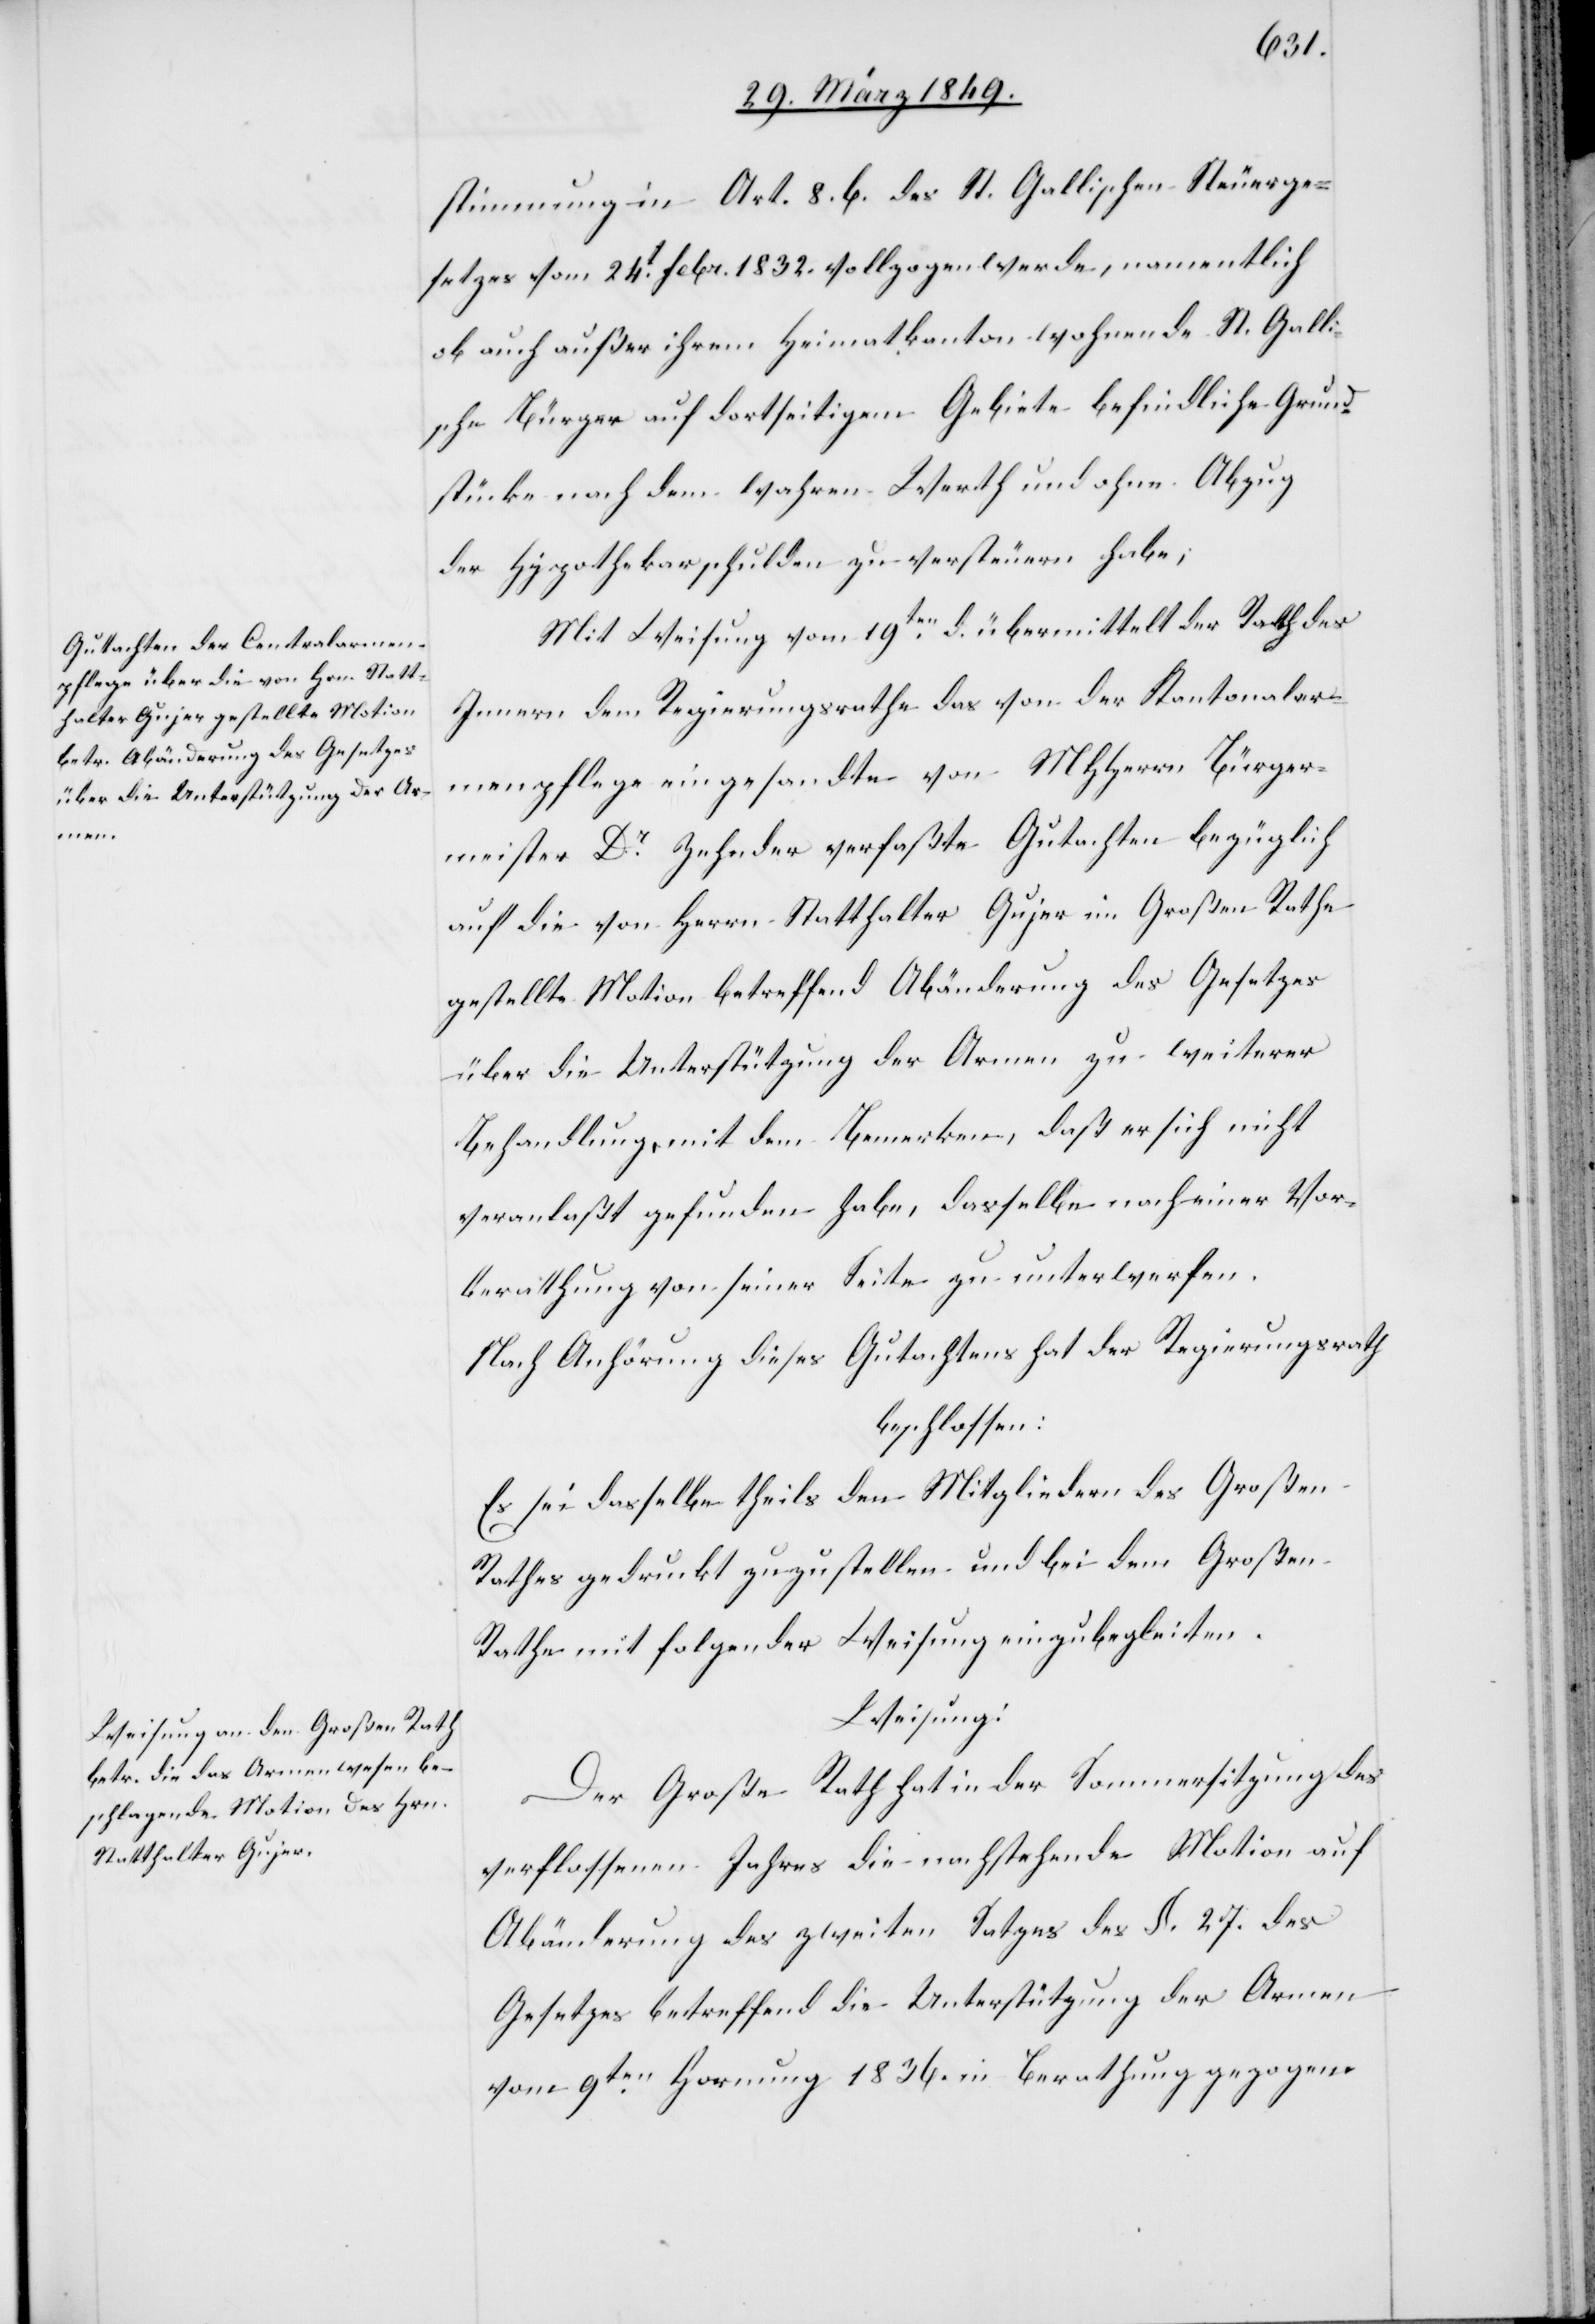
stimmung in Art. 8. b. des St. Gallischen Steuerge¬
setzes vom 24t. Febr. 1832. vollzogen werde, namentlich
ob auch außer ihrem Heimatkanton wohnende St. Galli¬
sche Bürger auf dortseitigem Gebiete befindliche Grund¬
stücke nach dem wahren Werth und ohne Abzug
der Hypothekarschulden zu versteuern habe[n];
Mit Weisung vom 19ten. d. übermittelt der Rath des
Innern dem Regierungsrathe das von der Kantonalar¬
menpflege eingesandte von MHHerrn Bürger¬
meister Dr. Zehnder verfaßte Gutachten bezüglich
auf die von Herrn Statthalter Gujer im Großen Rathe
gestellte Motion betreffend Abänderung des Gesetzes
über die Unterstützung der Armen zu weiterer
Behandlung, mit dem Bemerken, daß er sich nicht
veranlaßt gefunden habe, dasselbe nach [sic!] einer Vor¬
berathung von seiner Seite zu unterwerfen.
Nach Anhörung dieses Gutachtens hat der Regierungsrath
beschlossen:
Es sei dasselbe theils den Mitgliedern des Großen
Rathes gedruckt zuzustellen und bei dem Großen
Rathe mit folgender Weisung einzubegleiten.
Weisung:
Der Große Rath hat in der Sommersitzung des
verflossenen Jahres die nachstehende Motion auf
Abänderung des zweiten Satzes des §. 27. des
Gesetzes betreffend die Unterstützung der Armen
vom 9ten. Hornung 1836. in Berathung gezogen.